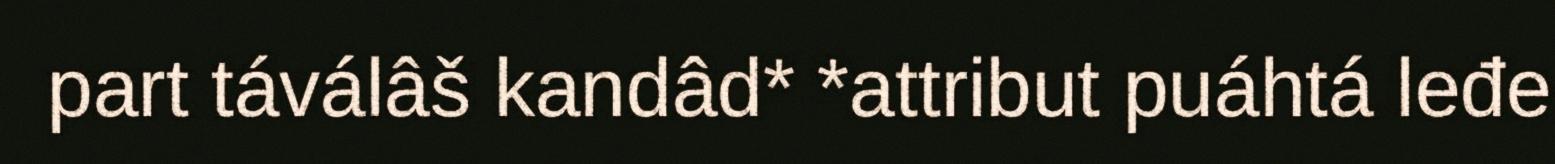
part táválâš kandâd* *attribut puáhtá leđe